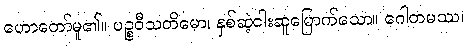
ဟောတော်မူ၏။ ပဉ္စဝီသတိမော၊ နှစ်ဆဲ့ငါးဆူမြောက်သော။ ဂေါတမဿ၊